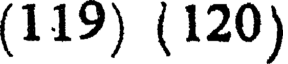
(119) (120)